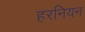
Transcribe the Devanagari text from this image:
हरनियन